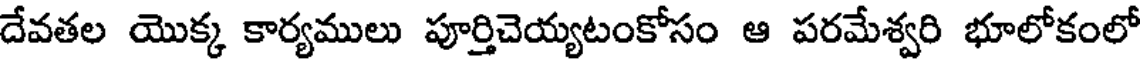
దేవతల యొక్క కార్యములు పూర్తిచెయ్యటంకోసం ఆ పరమేశ్వరి భూలోకంలో